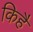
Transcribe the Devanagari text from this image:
किहै